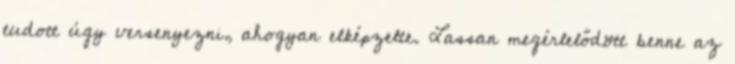
tudott úgy versenyezni, ahogyan elképzelte. Lassan megérlelődött benne az